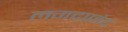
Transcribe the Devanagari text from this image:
लगदानंद